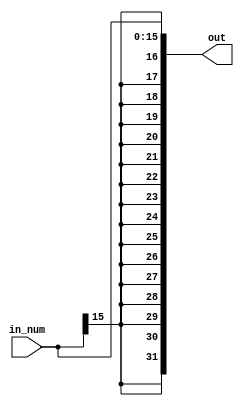
`timescale 1ns / 1ps
 
module Extend(input [15:0] in_num,
              output reg [31:0] out);
				  
    always @(in_num) 
	 begin
        out <= {{16{in_num[15]}}, in_num[15:0]}; // lwswbeq
    end
 
endmodule